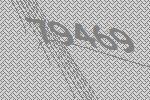
79469